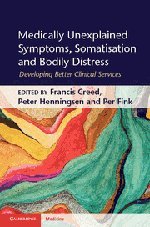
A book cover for Medically Unexplained Symptoms, Somatisation and Bodily Distress: Developing Better Clinical Services (Cambridge Medicine); Health, Fitness & Dieting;